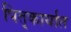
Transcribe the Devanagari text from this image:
पितृकार्यात